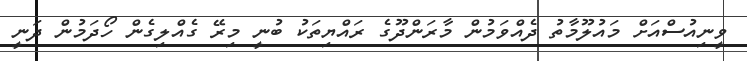
ވީނިއުސްއަށް މައުލޫމާތު ދެއްވަމުން މާރަންދޫގެ ރައްޔިތަކު ބުނީ މިރޭ ގެއްލިގެން ހޯދަމުން ދަނީ